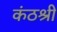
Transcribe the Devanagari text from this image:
कंठश्री